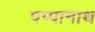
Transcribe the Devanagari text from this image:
पप्पानाथ